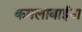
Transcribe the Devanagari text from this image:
कमलाबाईंना